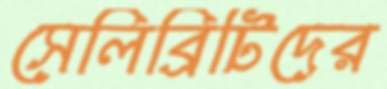
সেলিব্রিটিদের